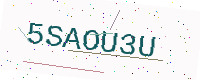
Text: 5SAOU3U